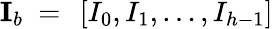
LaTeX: \mathbf{I}_{b}~=~\left[I_{0},I_{1},\ldots,I_{h-1}\right]